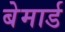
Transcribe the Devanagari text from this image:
बेमार्ड